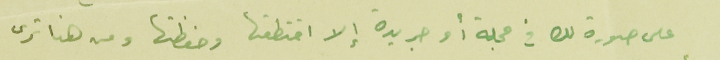
على صورة لك فى مجلة أو جريدة إلا اختطفها وحفظتها ومن هنا ترى